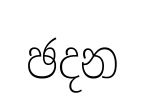
ඡදන